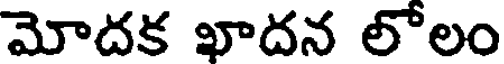
మోదక ఖాదన లోలం